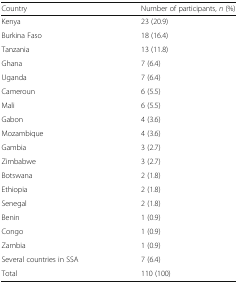
<table><thead><tr><td><b>Country</b></td><td><b>Number of participants, <i>n</i> (%)</b></td></tr></thead><tbody><tr><td>Kenya</td><td>23 (20.9)</td></tr><tr><td>Burkina Faso</td><td>18 (16.4)</td></tr><tr><td>Tanzania</td><td>13 (11.8)</td></tr><tr><td>Ghana</td><td>7 (6.4)</td></tr><tr><td>Uganda</td><td>7 (6.4)</td></tr><tr><td>Cameroun</td><td>6 (5.5)</td></tr><tr><td>Mali</td><td>6 (5.5)</td></tr><tr><td>Gabon</td><td>4 (3.6)</td></tr><tr><td>Mozambique</td><td>4 (3.6)</td></tr><tr><td>Gambia</td><td>3 (2.7)</td></tr><tr><td>Zimbabwe</td><td>3 (2.7)</td></tr><tr><td>Botswana</td><td>2 (1.8)</td></tr><tr><td>Ethiopia</td><td>2 (1.8)</td></tr><tr><td>Senegal</td><td>2 (1.8)</td></tr><tr><td>Benin</td><td>1 (0.9)</td></tr><tr><td>Congo</td><td>1 (0.9)</td></tr><tr><td>Zambia</td><td>1 (0.9)</td></tr><tr><td>Several countries in SSA</td><td>7 (6.4)</td></tr><tr><td>Total</td><td>110 (100)</td></tr></tbody></table>